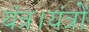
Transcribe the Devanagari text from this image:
यंत्र।यंत्रों